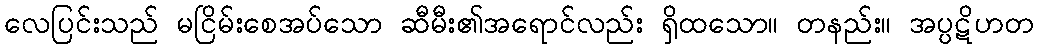
လေပြင်းသည် မငြိမ်းစေအပ်သော ဆီမီး၏အရောင်လည်း ရှိထသော။ တနည်း။ အပ္ပဋိဟတ